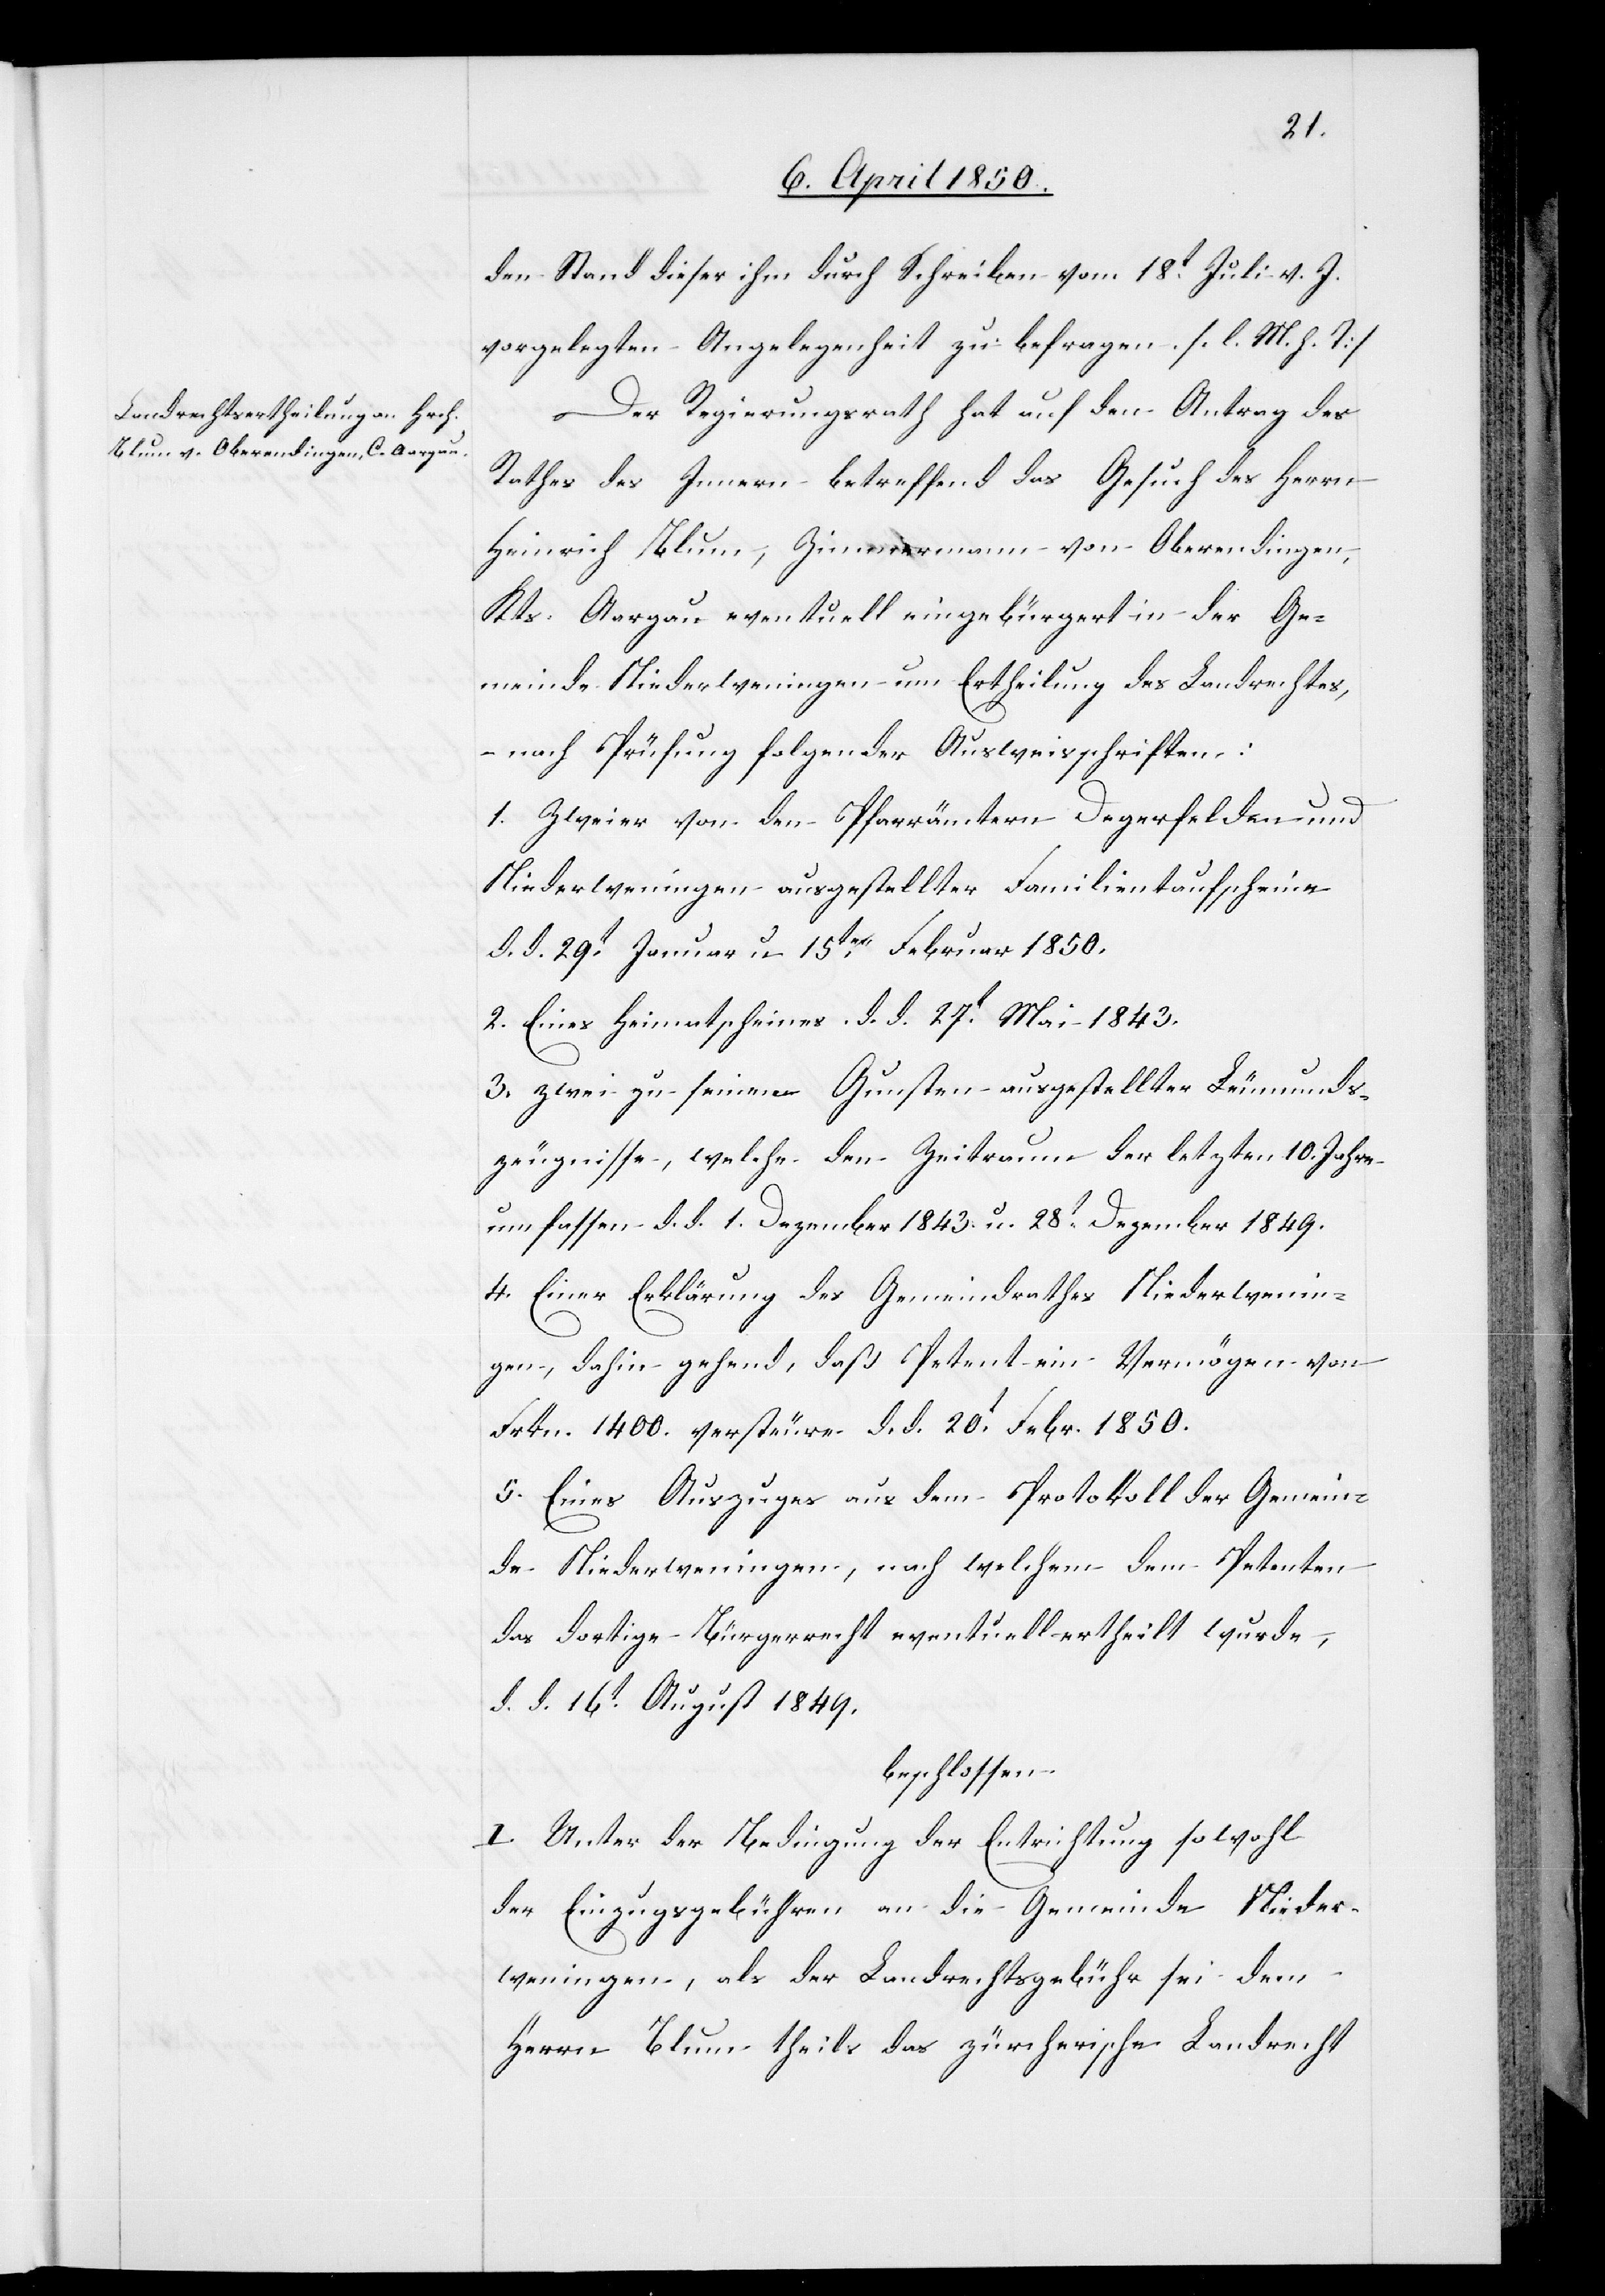
den Stand dieser ihm durch Schreiben vom 18t Juli v. J.
vorgelegten Angelegenheit zu befragen. [l. M. h. T]
Der Regierungsrath hat auf den Antrag des
Rathes des Innern betreffend das Gesuch des Herrn
Heinrich Blum, Zimmermann von Oberendingen,
Kts. Aargau eventuell eingebürgert in der Ge¬
meinde Niederweningen um Ertheilung des Landrechtes,
nach Prüfung folgender Ausweisschriften:
1. Zweier von den Pfarrämtern Degerfelden und
Niederweningen ausgestellter Familientaufscheine
d. d. 29t Januar u. 15ten Februar 1850.
2. Eines Heimatscheins d. d. 27t Mai 1843.
3. zwei zu seinen Gunsten ausgestellter Leumunds¬
zeugnisse, welche den Zeitraum der letzten 10. Jahre
umfassen d. d. 1. Dezember 1843. u. 28t Dezember 1849.
4. Einer Erklärung des Gemeindrathes Niederwenin¬
gen, dahin gehend, daß Petent ein Vermögen von
Frkn. 1400. versteure d. d. 20t Febr. 1850.
5. Eines Auszuges aus dem Protokoll der Gemein¬
de Niederweningen, nach welchem dem Petenten
das dortige Bürgerrecht eventuell ertheilt wurde,
d. d. 16t August 1849.
beschlossen.
I. Unter der Bedingung der Entrichtung sowohl
der Einzugsgebühren an die Gemeinde Nieder¬
weningen, als der Landrechtsgebühr sei dem
Herrn Blum theils das zürcherische Landrecht